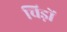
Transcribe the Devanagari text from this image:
चिड़ों